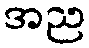
အည